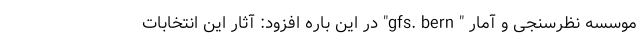
موسسه نظرسنجی و آمار " gfs. bern" در این باره افزود: آثار این انتخابات